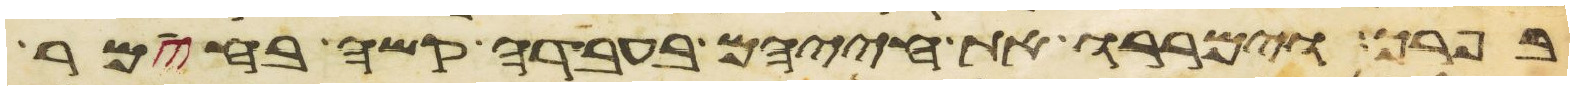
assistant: בפרך וימררו את חייהם בעבדה קשה בחימר